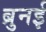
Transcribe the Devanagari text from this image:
ब्रुनई